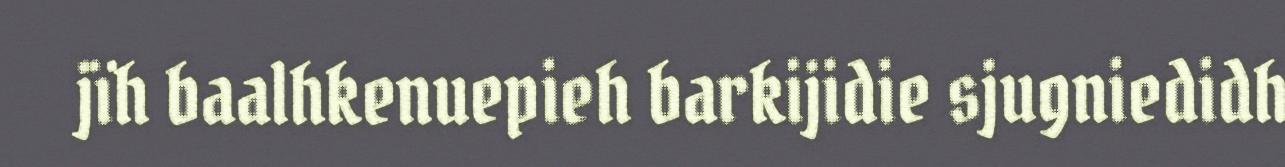
jïh baalhkenuepieh barkijidie sjugniedidh